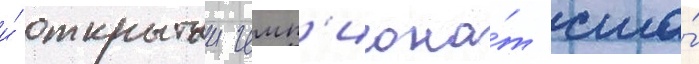
и́ открытыи чемп'иона́т сша́